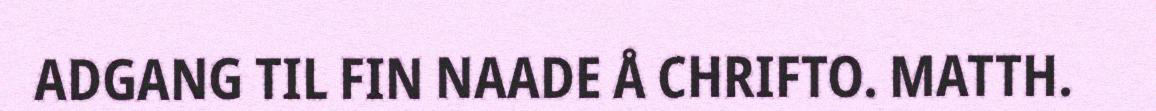
ADGANG TIL FIN NAADE Å CHRIFTO. MATTH.